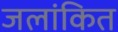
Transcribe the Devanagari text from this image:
जलांकित